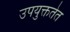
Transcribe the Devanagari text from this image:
उपयुक्ततेत